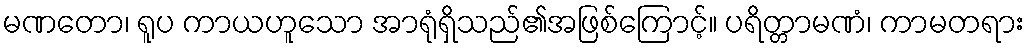
မဏတော၊ ရူပ ကာယဟူသော အာရုံရှိသည်၏အဖြစ်ကြောင့်။ ပရိတ္တာမဏံ၊ ကာမတရား